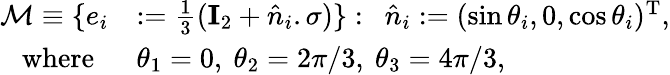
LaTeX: \begin{array}{rl}{\mathcal{M}\equiv\{ e_{i}}&{:=\frac{1}{3}(\mathbf{I}_{2}+\hat{n}_{i}.\sigma)\} :~~\hat{n}_{i}:=(\sin\theta_{i},0,\cos\theta_{i})^{\mathrm{T}},}\\ {\mathrm{where}~~}&{\theta_{1}=0,~\theta_{2}=2\pi/3,~\theta_{3}=4\pi/3,}\end{array}